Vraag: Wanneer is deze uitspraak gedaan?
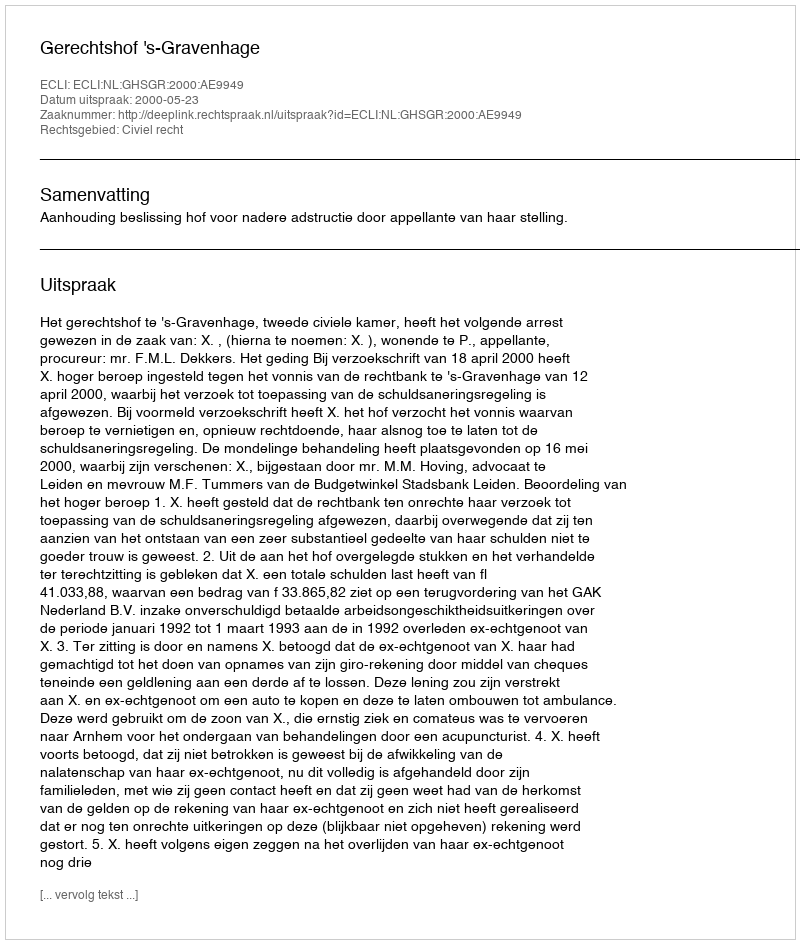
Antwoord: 2000-05-23